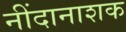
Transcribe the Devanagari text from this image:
नींदानाशक